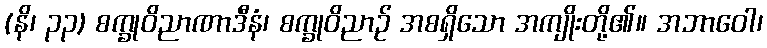
(နိ၊ ၃၃) စက္ခုဝိညာဏာဒီနံ၊ စက္ခုဝိညာဉ် အစရှိသော အကျိုးတို့၏။ အဘာဝေါ၊